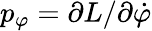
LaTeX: p_{\varphi}=\partial L/\partial\dot{\varphi}